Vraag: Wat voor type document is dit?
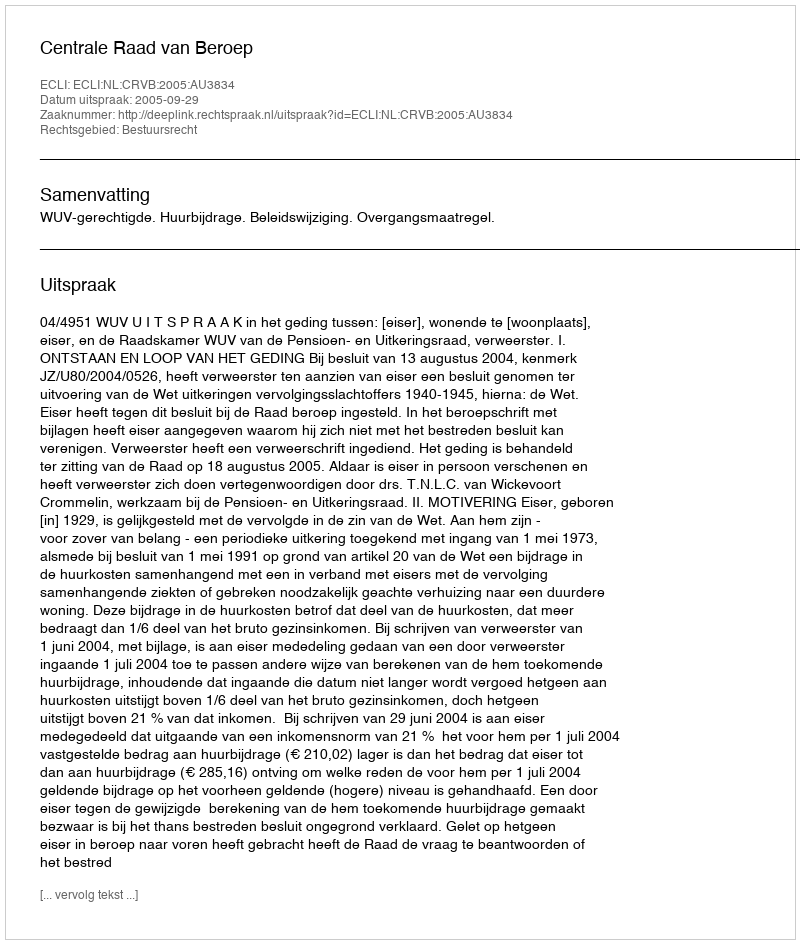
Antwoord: Uitspraak